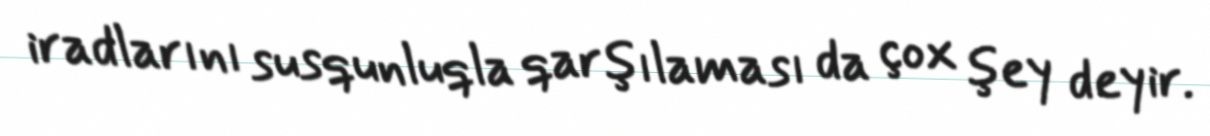
iradlarını susqunluqla qarşılaması da çox şey deyir.